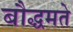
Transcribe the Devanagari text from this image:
बौद्धमते